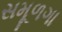
સમૂળગા